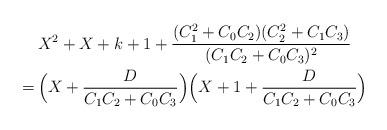
LaTeX: \begin{align*}& X^2+X+k+1+\frac{(C_1^2+C_0C_2)(C_2^2+C_1C_3)}{(C_1C_2+C_0C_3)^2}\\=\,&\Bigl(X+\frac D{C_1C_2+C_0C_3}\Bigr)\Bigl(X+1+\frac D{C_1C_2+C_0C_3}\Bigr) \end{align*}